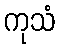
ကုသံ